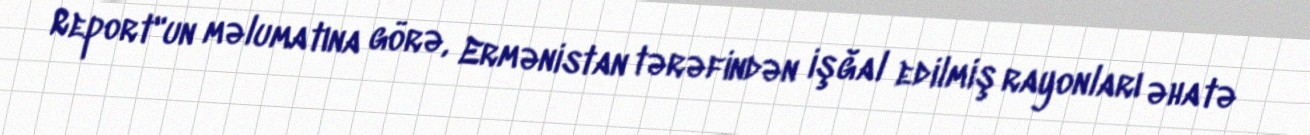
Report"un məlumatına görə, Ermənistan tərəfindən işğal edilmiş rayonları əhatə